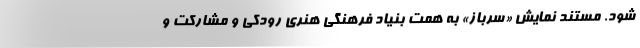
شود. مستند نمایش «سرباز» به همت بنیاد فرهنگی هنری رودکی و مشارکت و